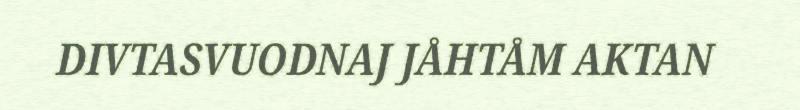
DIVTASVUODNAJ JÅHTÅM AKTAN